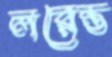
লরেন্ত